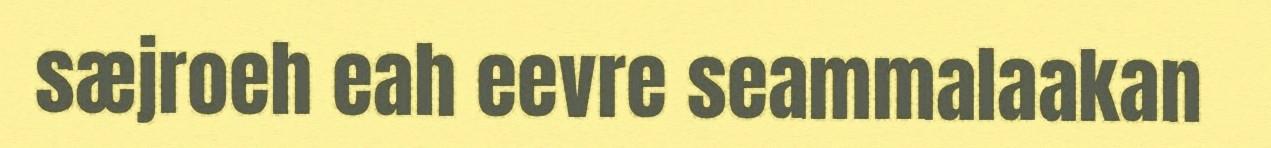
sæjroeh eah eevre seammalaakan